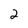
Character: 2